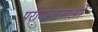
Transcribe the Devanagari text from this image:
परीयोजनाओ